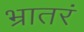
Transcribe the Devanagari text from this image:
भ्रातरं